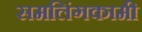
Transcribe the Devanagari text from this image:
समलिंगकामी